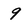
Character: 9